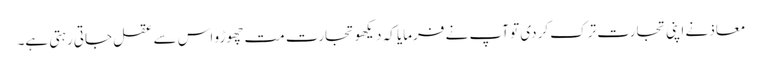
معاذ نے اپنی تجارت ترک کردی تو آپ نے فرمایا کہ دیکھو تجارت مت چھوڑو اس سے عقل جاتی رہتی ہے۔